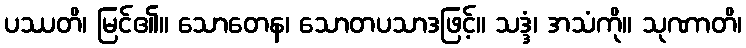
ပဿတိ၊ မြင်၏။ သောတေန၊ သောတပသာဒဖြင့်။ သဒ္ဒံ၊ အသံကို။ သုဏာတိ၊